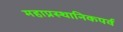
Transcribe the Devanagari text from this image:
महाप्रस्थानिकपर्व